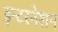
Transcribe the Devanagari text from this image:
इन्टरनेशन